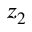
z _ { 2 }